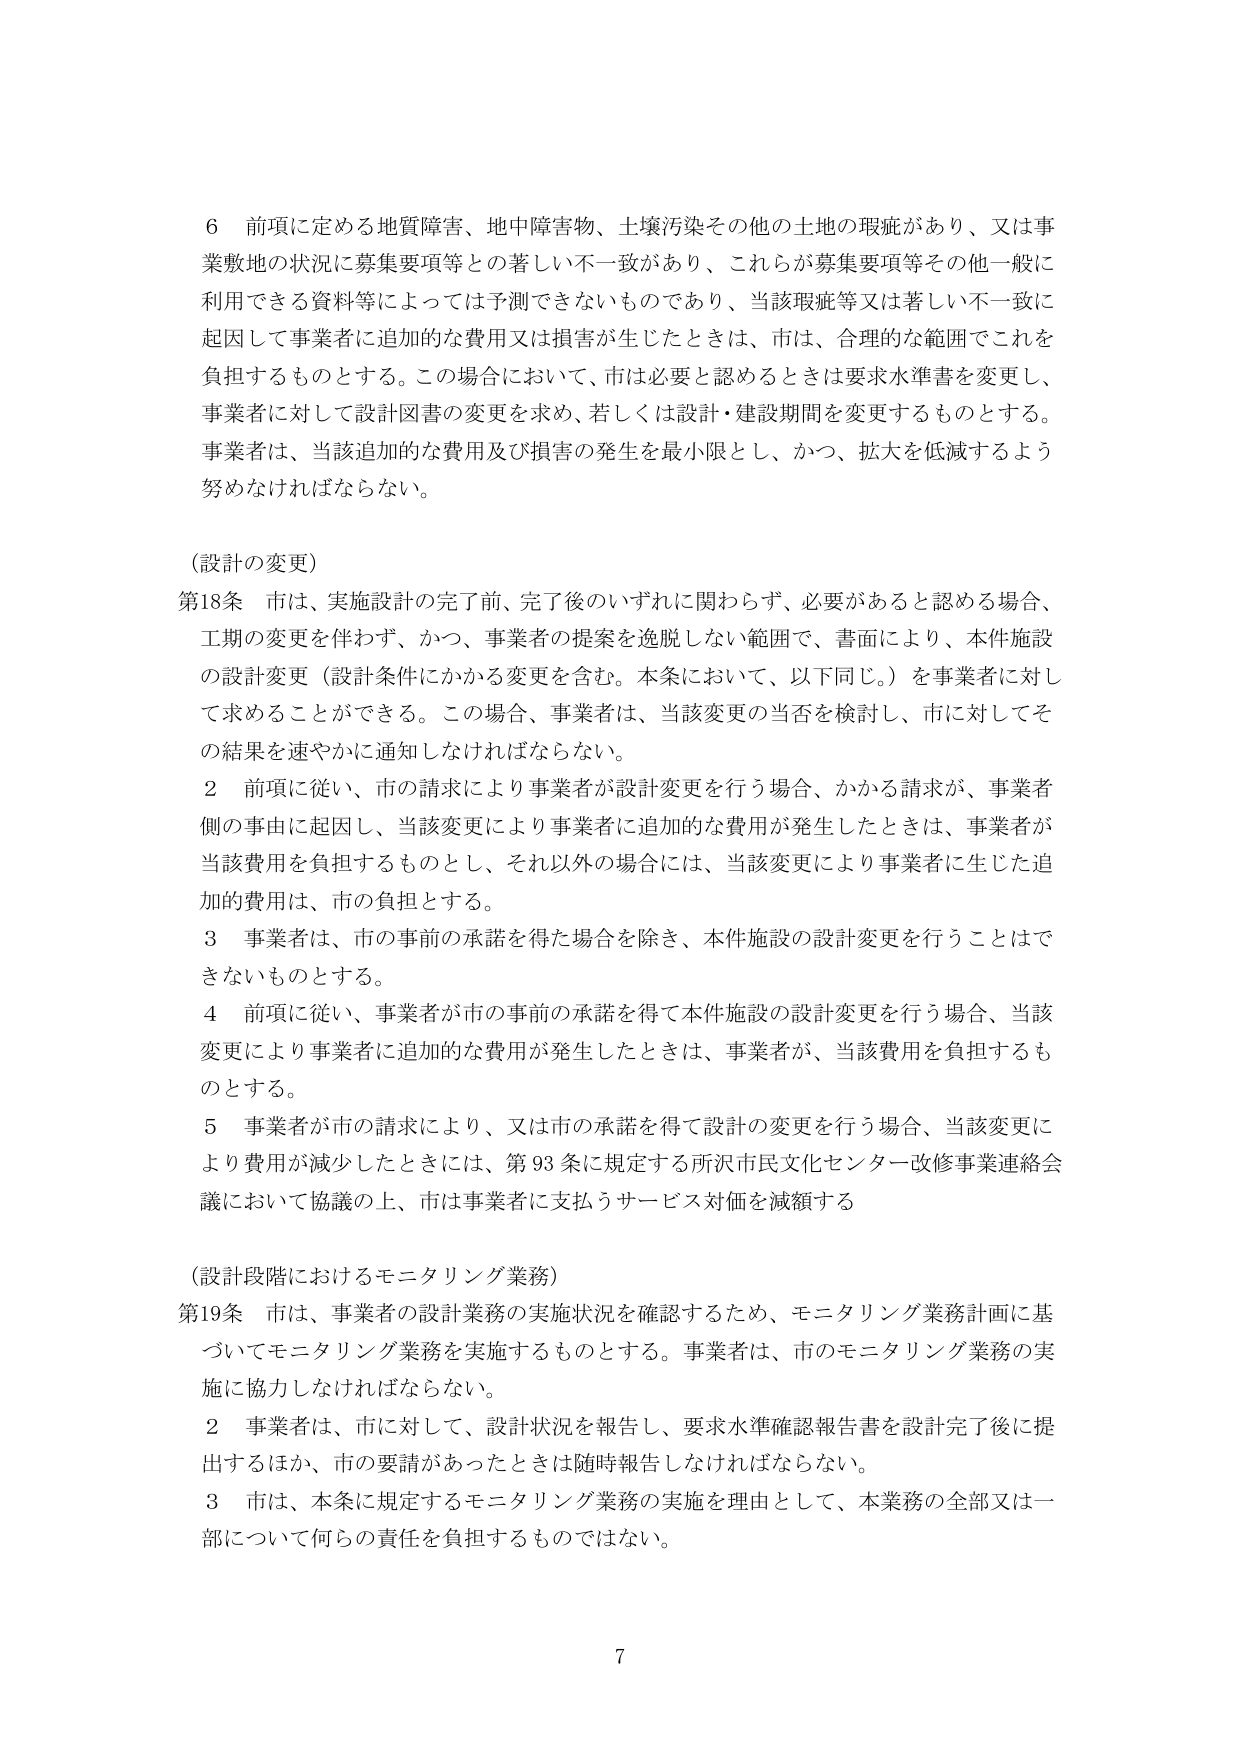
6 前項に定める地質障害、地中障害物、土壌汚染その他の土地の瑕疵があり、又は事業敷地の状況に募集要項等との著しい不一致があり、これらが募集要項等その他一般に利用できる資料等によっては予測できないものであり、当該瑕疵等又は著しい不一致に起因して事業者に追加的な費用又は損害が生じたときは、市は、合理的な範囲でこれを負担するものとする。この場合において、市は必要と認めるときは要求水準書を変更し、事業者に対して設計図書の変更を求め、若しくは設計・建設期間を変更するものとする。事業者は、当該追加的な費用及び損害の発生を最小限とし、かつ、拡大を低減するよう努めなければならない。

（設計の変更）

第18条 市は、実施設計の完了前、完了後のいずれに関わらず、必要があると認める場合、工期の変更を伴わず、かつ、事業者の提案を逸脱しない範囲で、書面により、本件施設の設計変更（設計条件にかかる変更を含む。本条において、以下同じ。）を事業者に対して求めることができる。この場合、事業者は、当該変更の当否を検討し、市に対してその結果を速やかに通知しなければならない。

2 前項に従い、市の請求により事業者が設計変更を行う場合、かかる請求が、事業者側の事由に起因し、当該変更により事業者に追加的な費用が発生したときは、事業者が当該費用を負担するものとし、それ以外の場合には、当該変更により事業者に生じた追加的費用は、市の負担とする。

3 事業者は、市の事前の承諾を得た場合を除き、本件施設の設計変更を行うことはできないものとする。

4 前項に従い、事業者が市の事前の承諾を得て本件施設の設計変更を行う場合、当該変更により事業者に追加的な費用が発生したときは、事業者が、当該費用を負担するものとする。

5 事業者が市の請求により、又は市の承諾を得て設計の変更を行う場合、当該変更により費用が減少したときには、第93条に規定する所沢市民文化センター改修事業連絡会議において協議の上、市は事業者に支払うサービス対価を減額する

（設計段階におけるモニタリング業務）

第19条 市は、事業者の設計業務の実施状況を確認するため、モニタリング業務計画に基づいてモニタリング業務を実施するものとする。事業者は、市のモニタリング業務の実施に協力しなければならない。

2 事業者は、市に対して、設計状況を報告し、要求水準確認報告書を設計完了後に提出するほか、市の要請があったときは随時報告しなければならない。

3 市は、本条に規定するモニタリング業務の実施を理由として、本業務の全部又は一部について何らの責任を負担するものではない。

7